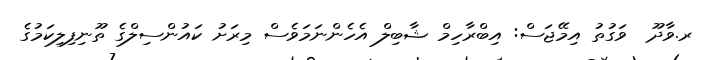
ރ.ވާދޫ  ވަގުތު އިމޭޖަސް: އިބްރާހިމް ޝާބިލް އެހެންނަމަވެސް މިރަށު ކައުންސިލްގެ ތޫނިފިލިކަމުގެ